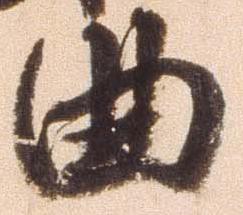
曲